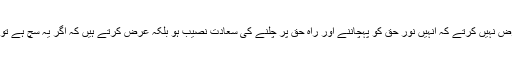
وہ دعا مانگتے ہیں تو یہ عرض نہیں کرتے کہ انہیں نور حق کو پہچاننے اور راہ حق پر چلنے کی سعادت نصیب ہو بلکہ عرض کرتے ہیں کہ اگر یہ سچ ہے تو ان پر عذاب کیوں نہیں آجاتا۔